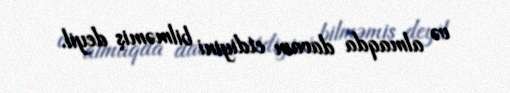
və almaqda davam etdiyini bilməmiş deyil.